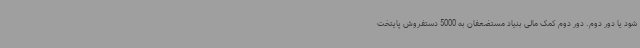
شود یا دور دوم. دور دوم کمک مالی بنیاد مستضعفان به 5000 دستفروش پایتخت